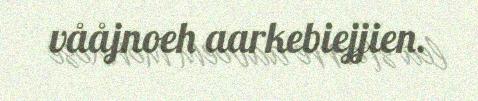
vååjnoeh aarkebiejjien.